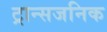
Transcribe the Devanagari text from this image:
ट्रान्सजनिक